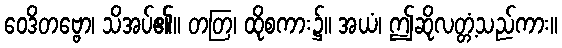
ဝေဒိတဗ္ဗော၊ သိအပ်၏။ တတြ၊ ထိုစကား၌။ အယံ၊ ဤဆိုလတ္တံ့သည်ကား။